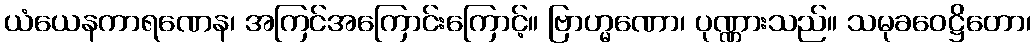
ယံယေနကာရဏေန၊ အကြင်အကြောင်းကြောင့်။ ဗြာဟ္မဏော၊ ပုဏ္ဏားသည်။ သမုခဝေဋ္ဌိတော၊